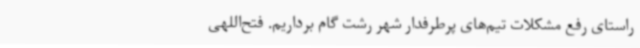
راستای رفع مشکلات تیم‌های پرطرفدار شهر رشت گام برداریم. فتح‌اللهی